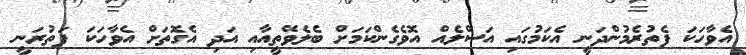
އެވާހަކަ ފެތުރެމުންދަނީ އެކަމުގައި އަސްލެއް އޮވެގެންކަމަށް ބެލެވޭތީއާއި އަދި އެގޮތަށް އެވާހަކަ ފަތުރަނީ